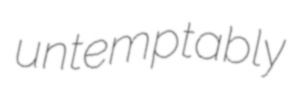
untemptably